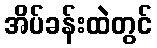
အိပ်ခန်းထဲတွင်